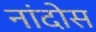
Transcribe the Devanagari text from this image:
नांदोस